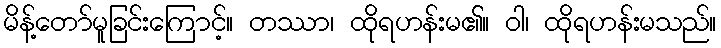
မိန့်တော်မူခြင်းကြောင့်။ တဿာ၊ ထိုရဟန်းမ၏။ ဝါ၊ ထိုရဟန်းမသည်။